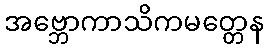
အဗ္ဘောကာသိကမတ္တေန